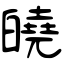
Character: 皢